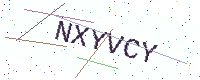
Text: NXYVCY